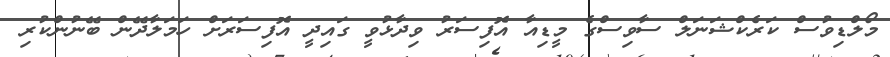
މޯލްޑިވުސް ކަރެކްޝަނަލް ސާވިސްގެ މީޑިއާ އޮފިސަރު ވިދާޅުވީ ގައިދީ އޮފިސަރަށް ހަމަލާދޭން ބޭނުންކުރި